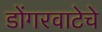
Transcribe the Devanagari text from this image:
डोंगरवाटेचे